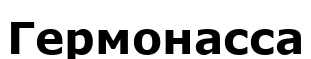
Гермонасса